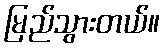
မြည်သွားတယ်။